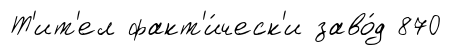
Т'ит'ел факт'и́ческ'и заво́д 870